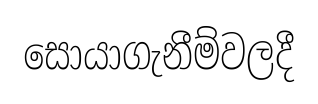
සොයාගැනීම්වලදී